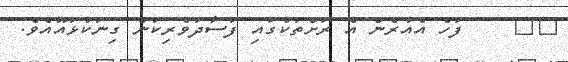
١٢    ފަހެ އެއުރެން އެ ރަށްތަކުގައި ފަސާދަވެރިކަން ގިނަކުޅައޫއެވެ.